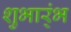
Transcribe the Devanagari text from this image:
शुभार्ंभ